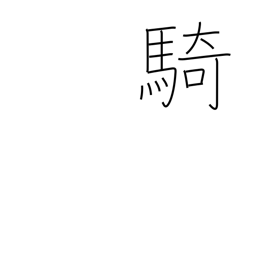
Meaning: counter for equestrians